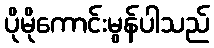
ပိုမိုကောင်းမွန်ပါသည်